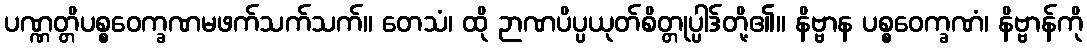
ပဏ္ဏတ္တိပစ္စဝေက္ခဏမဖက်သက်သက်။ တေသံ၊ ထို ဉာဏပိပ္ပယုတ်စိတ္တုပ္ပါဒ်တို့၏။ နိဗ္ဗာန ပစ္စဝေက္ခဏံ၊ နိဗ္ဗာန်ကို